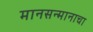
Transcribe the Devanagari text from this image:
मानसन्मानाचा